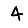
Digit: 4